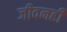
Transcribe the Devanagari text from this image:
जीवनही